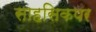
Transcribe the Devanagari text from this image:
साहसिकपर